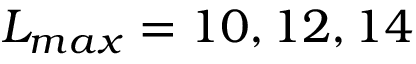
L _ { m a x } = 1 0 , 1 2 , 1 4